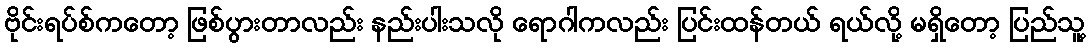
ဗိုင်းရပ်စ်ကတော့ ဖြစ်ပွားတာလည်း နည်းပါးသလို ရောဂါကလည်း ပြင်းထန်တယ် ရယ်လို့ မရှိတော့ ပြည်သူ့